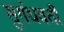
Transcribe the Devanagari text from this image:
सुगंधवर्ती